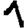
Digit: 1